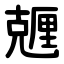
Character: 兣